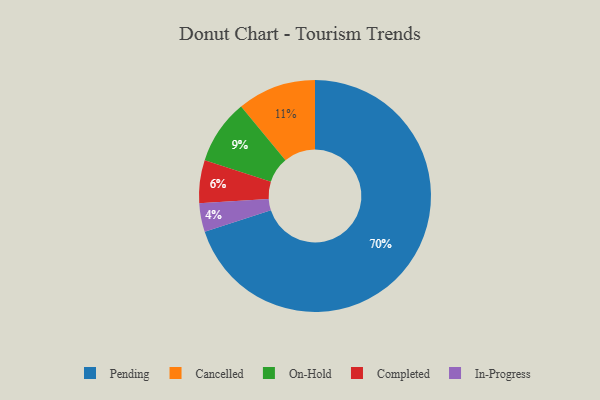
{"axis": {"x": "Category", "y": "Percentage"}, "legend": ["Cancelled", "Completed", "In-Progress", "On-Hold", "Pending"], "data": [{"x": "Completed", "y": 6, "type": "Completed"}, {"x": "On-Hold", "y": 9, "type": "On-Hold"}, {"x": "Pending", "y": 70, "type": "Pending"}, {"x": "Cancelled", "y": 11, "type": "Cancelled"}, {"x": "In-Progress", "y": 4, "type": "In-Progress"}]}